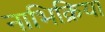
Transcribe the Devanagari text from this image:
नाभिक्रिया